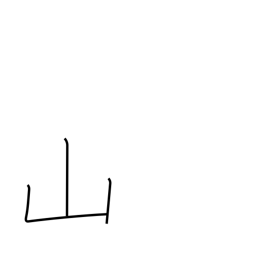
Meaning: mountain